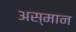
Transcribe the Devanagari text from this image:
अस्मान